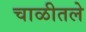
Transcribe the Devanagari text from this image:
चाळीतले